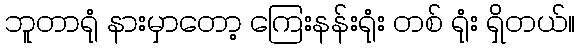
ဘူတာရုံ နားမှာတော့ ကြေးနန်းရုံး တစ် ရုံး ရှိတယ်။